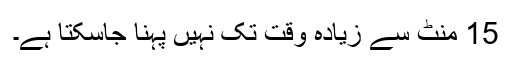
15 منٹ سے زیادہ وقت تک نہیں پہنا جاسکتا ہے۔